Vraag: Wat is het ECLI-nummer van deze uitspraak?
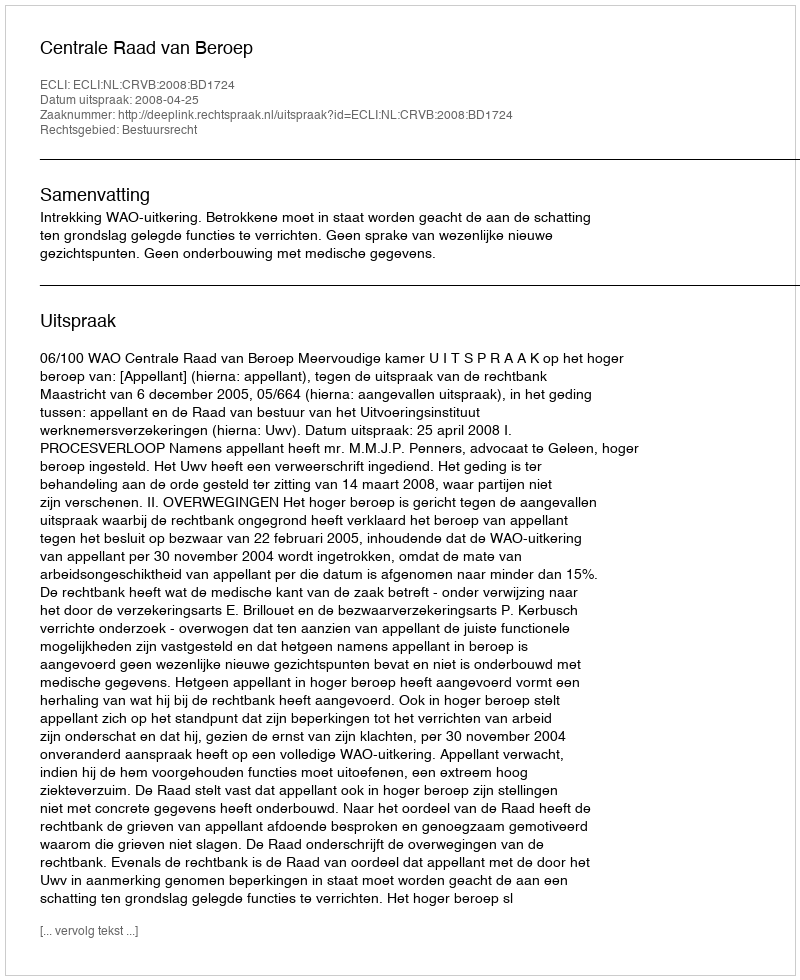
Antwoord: ECLI:NL:CRVB:2008:BD1724